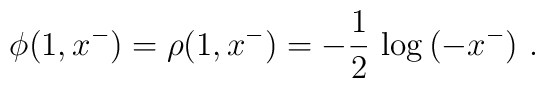
\phi(1,x^-) = \rho(1,x^-) = -{1\over 2}\,\log\,(-x^-)~.